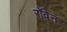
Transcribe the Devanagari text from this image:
रॉवेन